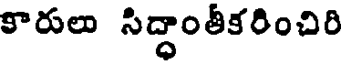
కారులు సిద్ధాంతీకరించిరి